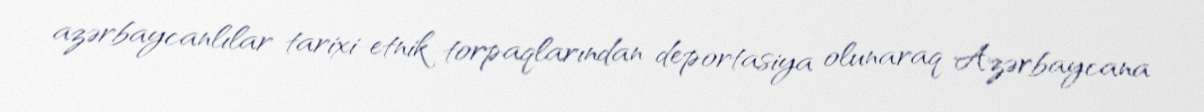
azərbaycanlılar tarixi-etnik torpaqlarından deportasiya olunaraq Azərbaycana